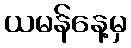
ယမန်နေ့မှ